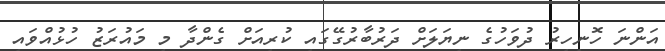
އަންނަ ހޮނިހިރު ދުވަހުގެ ނިޔަލަށް ދަރުބާރުގޭގައި ކުރިއަށް ގެންދާ މި މައުރަޒު ހުޅުއްވައި